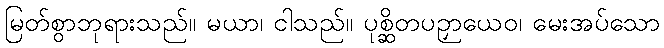
မြတ်စွာဘုရားသည်။ မယာ၊ ငါသည်။ ပုစ္ဆိတပဉှာယေဝ၊ မေးအပ်သော